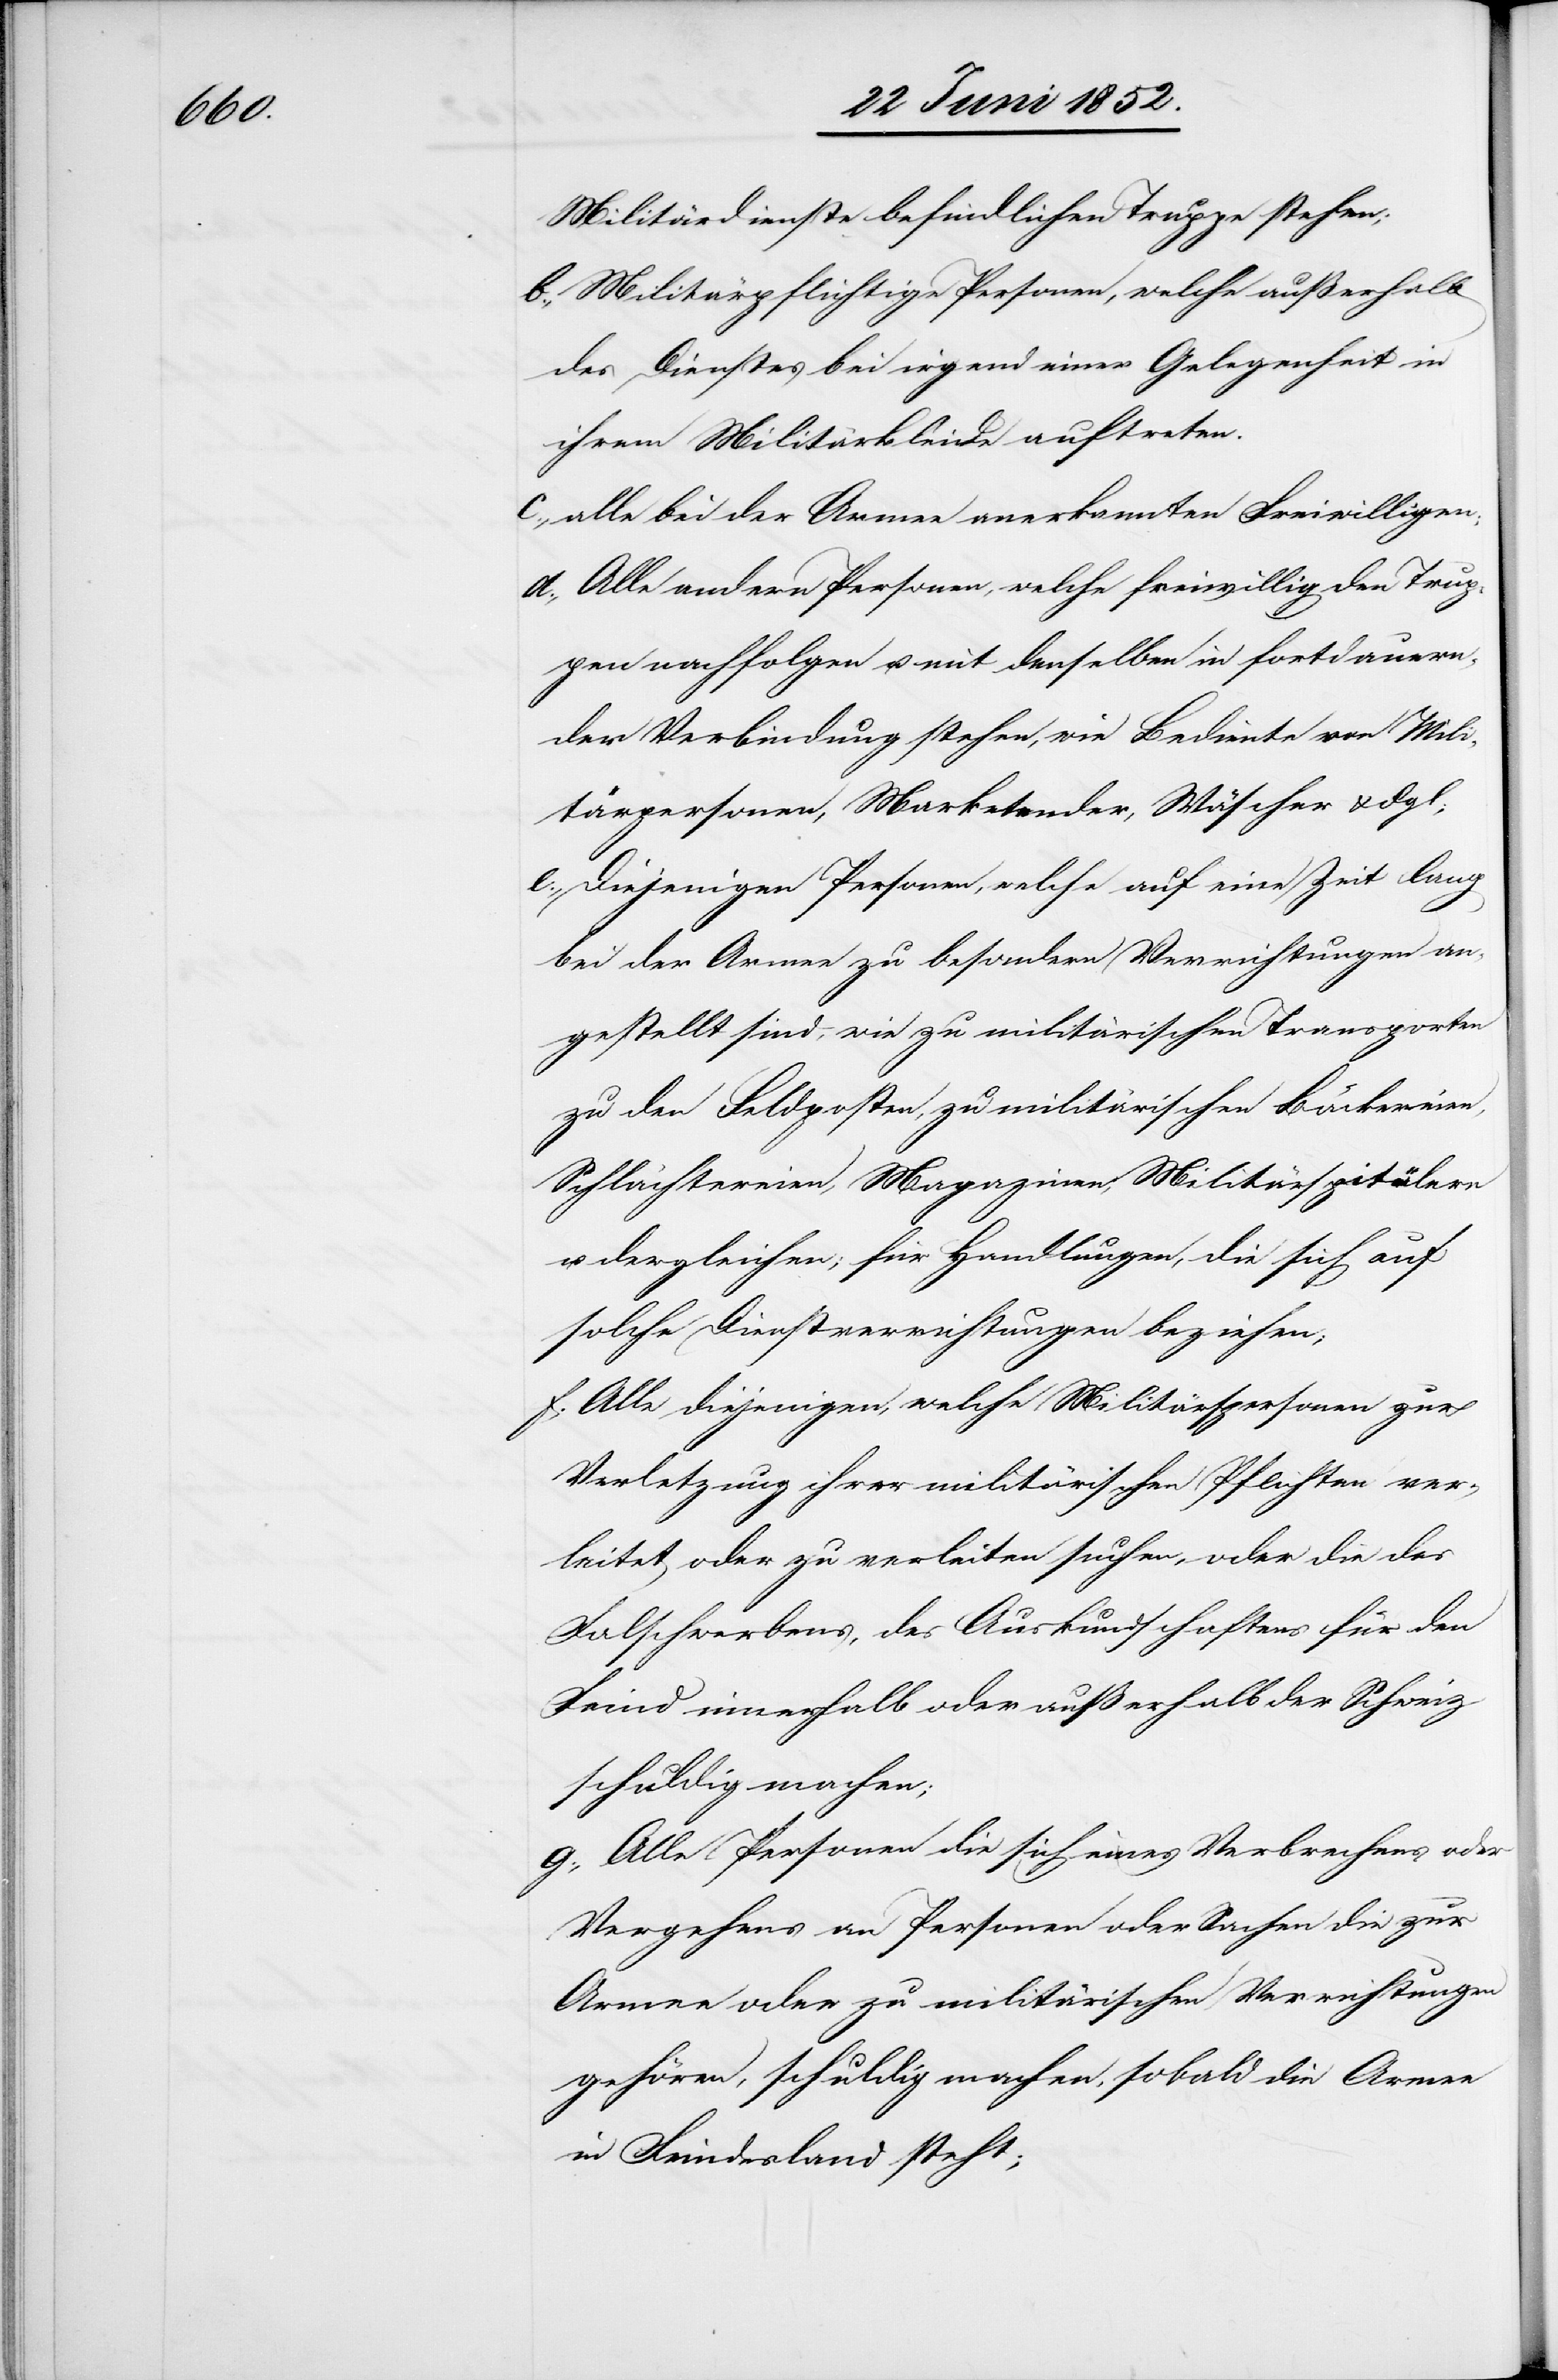
Militärdienste befindlichen Truppe stehen;
Militärpflichtige Personen, welche außerhalb
des Dienstes bei irgend einer Gelegenheit in
ihrem Militärkleide auftreten.
alle bei der Armee anerkannten Freiwilligen;
Alle andern Personen, welche freiwillig den Trup¬
pen nachfolgen u. mit denselben in fortdauern¬
der Verbindung stehen, wie Bediente von Mili¬
tärpersonen, Marketender, Wäscher & dgl;
Diejenigen Personen, welche auf eine Zeit lang
bei der Armee zu besondern Verrichtungen an¬
gestellt sind, wie zu militärischen Transporten
zu den Feldposten, zu militärischen Bäckereien,
Schlächtereien, Magazinen, Militärspitälern
u. dergleichen; für Handlungen, die sich auf
solche Dienstverrichtungen beziehen;
Alle diejenigen, welche Militärspersonen zur
Verletzung ihrer militärischen Pflichten ver¬
leitet oder zu verleiten suchen, oder die [sich]
Falschwerbens, des Auskundschaftens für den
Feind innerhalb oder außerhalb der Schweiz
schuldig machen;
Alle Personen die sich eines Verbrechens oder
Vergehens an Personen oder Sachen die zur
Armee oder zu militärischen Verrichtungen
gehören, schuldig machen, sobald die Armee
in Feindesland steht;